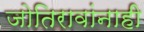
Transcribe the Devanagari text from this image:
जोतिरावांनाही